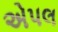
એપલ